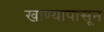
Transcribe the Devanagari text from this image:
खाण्यापासून